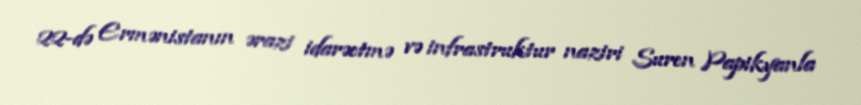
22-də Ermənistanın ərazi idarəetmə və infrastruktur naziri Suren Papikyanla